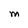
Character: M